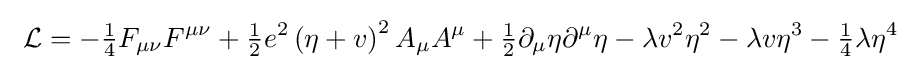
\ {\mathcal {L}}=-{\tfrac {1}{4}}F_{\mu \nu }F^{\mu \nu }+{\tfrac {1}{2}}e^{2}\left(\eta +v\right)^{2}A_{\mu }A^{\mu }+{\tfrac {1}{2}}\partial _{\mu }\eta \partial ^{\mu }\eta -\lambda v^{2}\eta ^{2}-\lambda v\eta ^{3}-{\tfrac {1}{4}}\lambda \eta ^{4}\